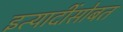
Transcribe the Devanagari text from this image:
इत्यादींसोबत